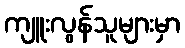
ကျူးလွန်သူများမှာ